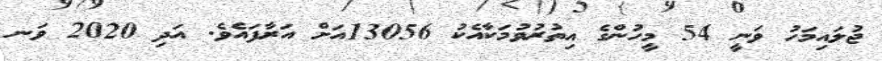
ޖުލައިމަހު ވަނީ 54 މީހުންގެ އިތުރުވުމަކާއެކު 13056އަށް އަރާފައެވެ. އަދި 2020 ވަނ